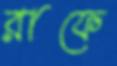
রাফে